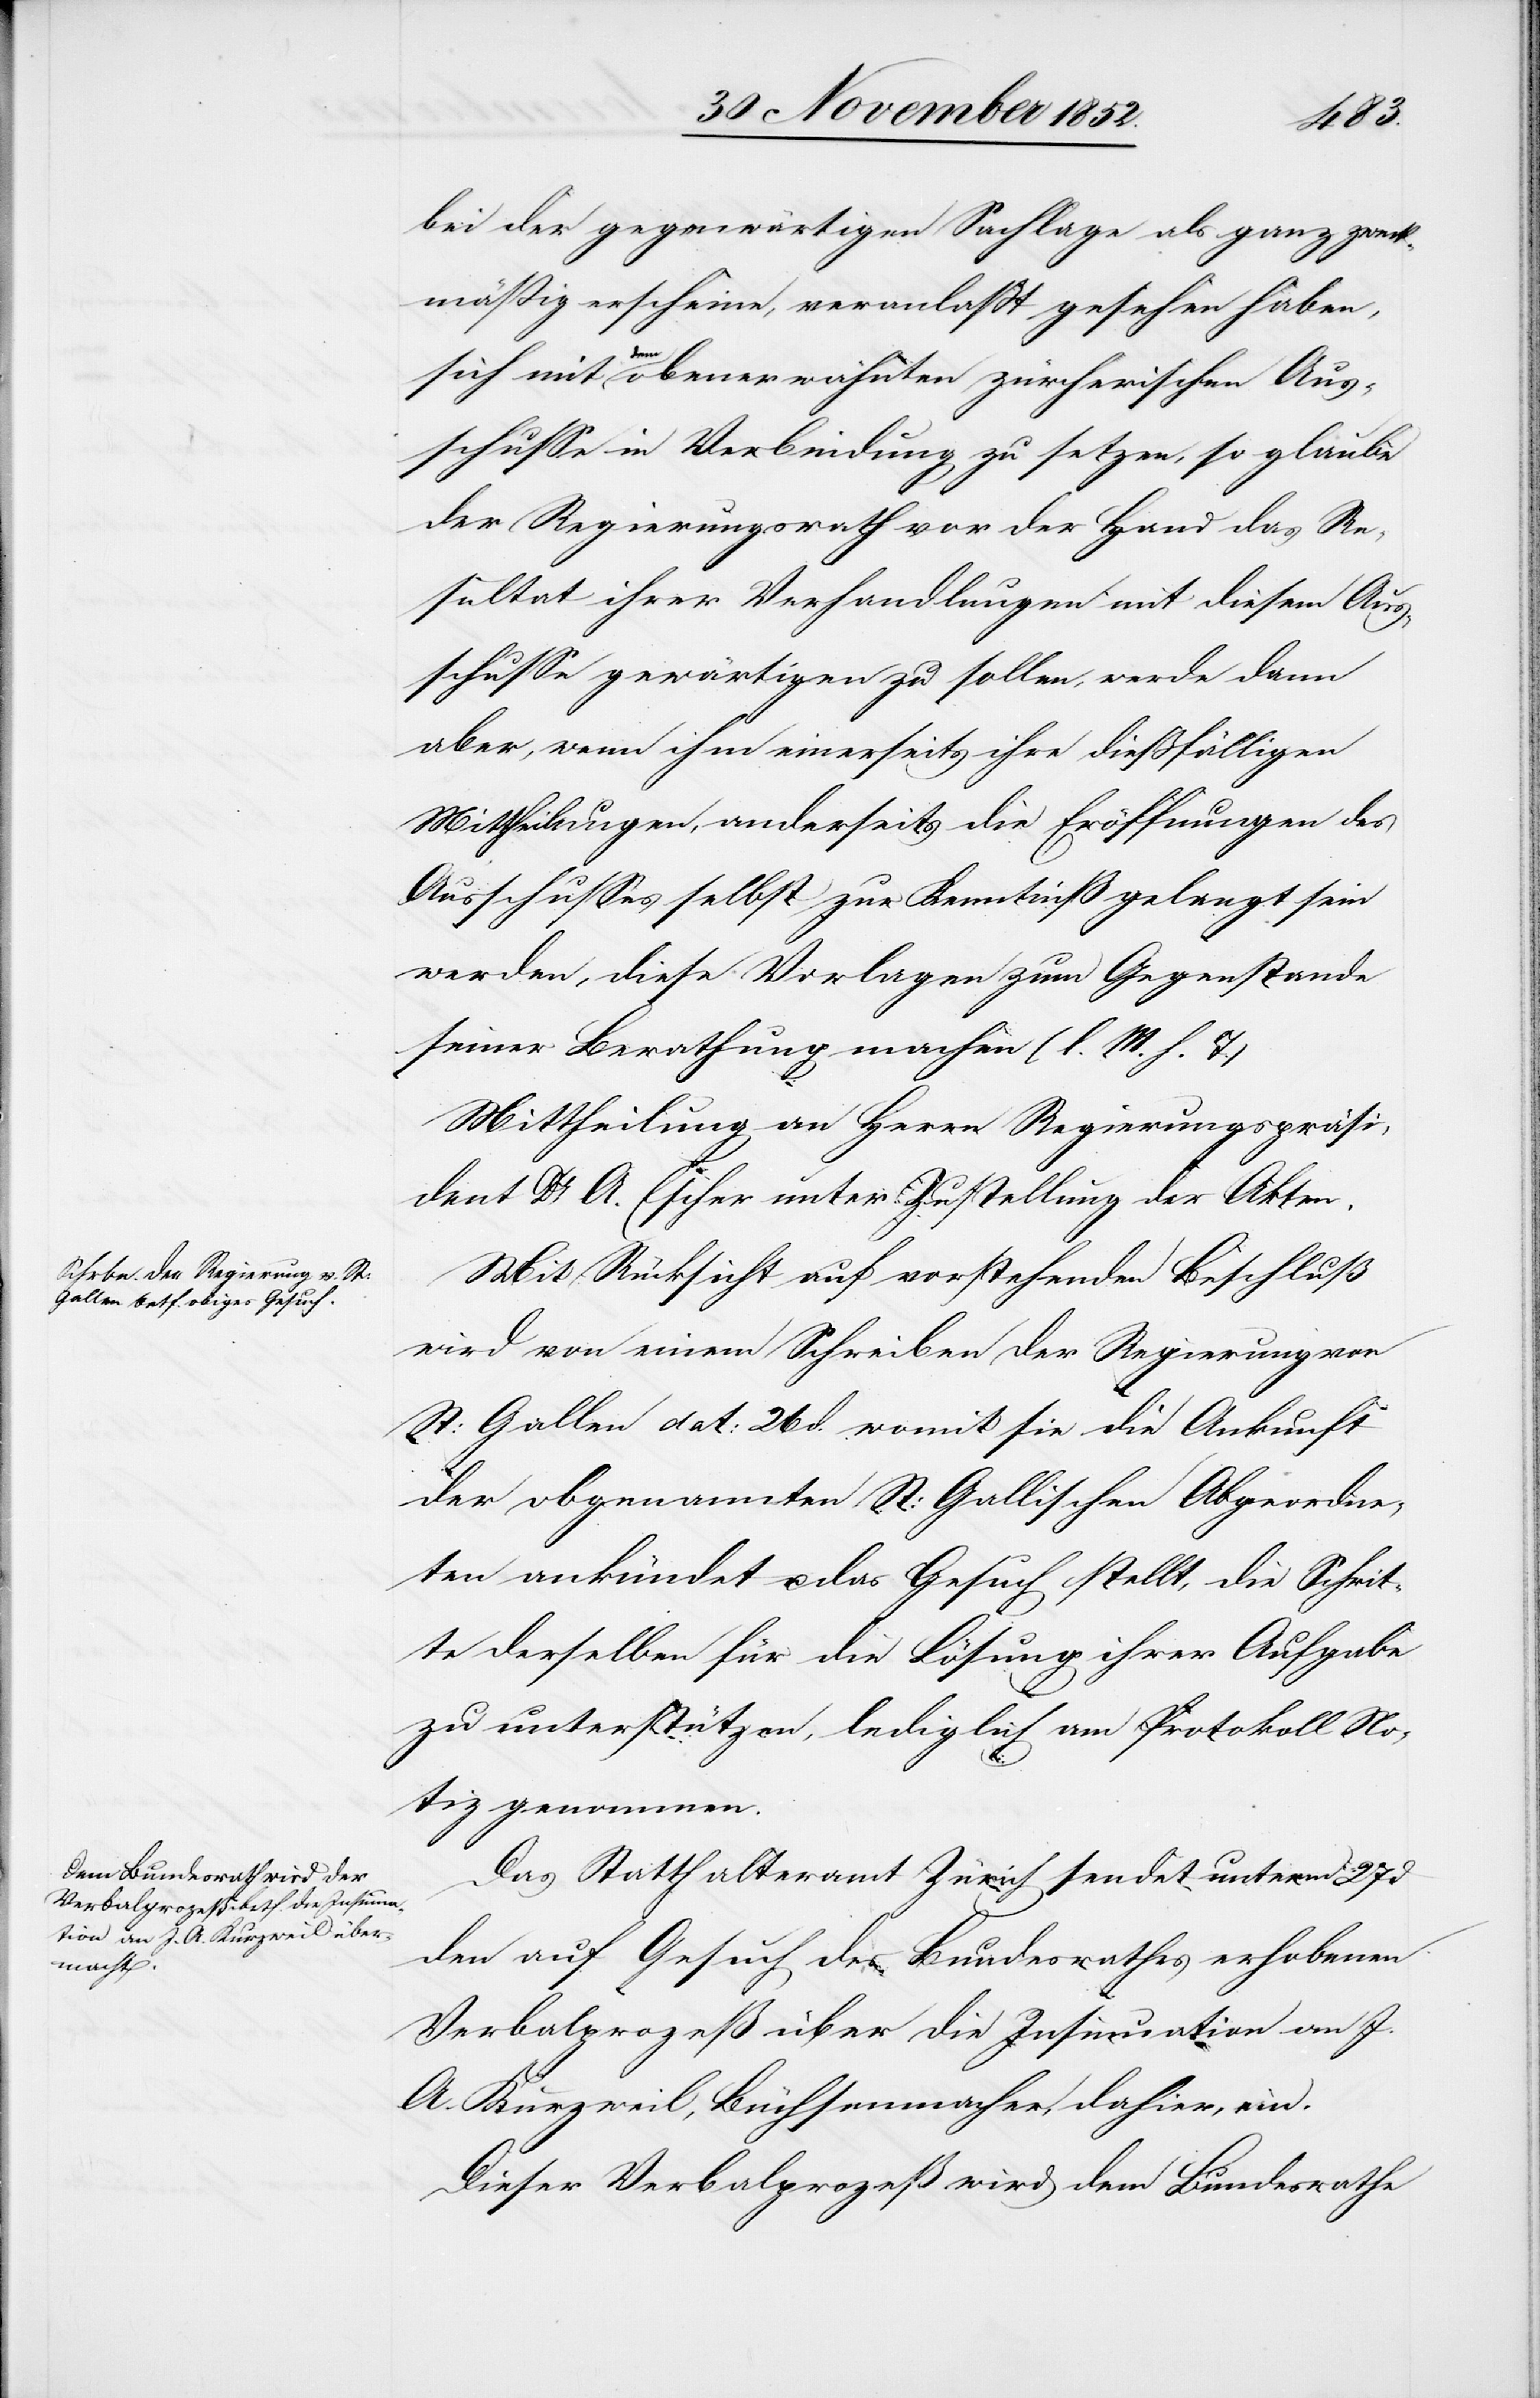
bei der gegenwärtigen Sachlage als ganz zweck¬
mäßig erscheine, veranlaßt gesehen haben,
sich mit dem obenerwähnten zürcherischen Aus¬
schusse in Verbindung zu setzen, so glaube
der Regierungsrath vor der Hand das Re¬
sultat ihrer Verhandlungen mit diesem Aus¬
schusse gewärtigen zu sollen, werde dann
aber, wenn ihm einerseits ihre dießfälligen
Mittheilungen, anderseits die Eröffnungen des
Ausschusses selbst zur Kenntniß gelangt sein
werden, diese Vorlagen zum Gegenstande
seiner Berathung machen (l. M. h. T.)
Mittheilung an Herrn Regierungspräsi¬
dent Dr. A. Escher unter Zustellung der Akten.
Mit Rücksicht auf vorstehenden Beschluß
wird von einem Schreiben der Regierung von
St: Gallen dat: 26 d. womit sie die Ankunft
der obgenannten St: Gallischen Abgeordne¬
ten ankündet u. das Gesuch stellt, die Schrit¬
te derselben für die Lösung ihrer Aufgabe
zu unterstützen, lediglich am Protokoll No¬
tiz genommen.
Das Statthalteramt Zürich sendet unterm 27 d
den auf Gesuch des Bundesrathes erhobenen
Verbalprozeß über die Insinuation an J.
A. Kurzweil, Büchsenmacher, dahier, ein.
Dieser Verbalprozeß wird dem Bundesrathe